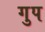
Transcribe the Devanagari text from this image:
गुप